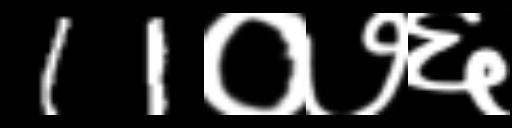
Text: 11०७६